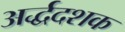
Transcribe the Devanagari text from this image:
अर्द्धदशक